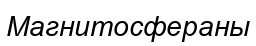
Магнитосфераны